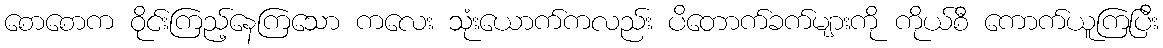
စောစောက ဝိုင်းကြည့်နေကြသော ကလေး သုံးယောက်ကလည်း ပိတောက်ခက်များကို ကိုယ်စီ ကောက်ယူကြပြီး